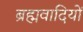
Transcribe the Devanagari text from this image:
ब्रह्मवादियों